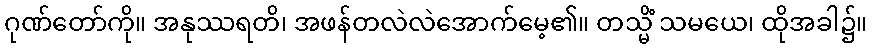
ဂုဏ်တော်ကို။ အနုဿရတိ၊ အဖန်တလဲလဲအောက်မေ့၏။ တသ္မိံ သမယေ၊ ထိုအခါ၌။